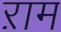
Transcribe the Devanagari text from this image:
ऱाम